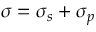
\boldsymbol { \sigma } = \boldsymbol { \sigma } _ { s } + \boldsymbol { \sigma } _ { p }